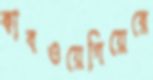
কাবওয়েগিয়েরে